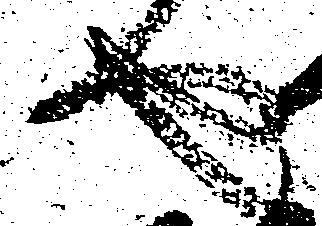
由